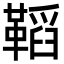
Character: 鞱